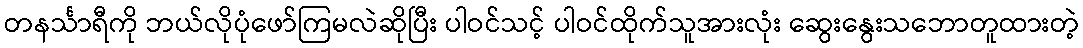
တနင်္သာရီကို ဘယ်လိုပုံဖော်ကြမလဲဆိုပြီး ပါဝင်သင့် ပါဝင်ထိုက်သူအားလုံး ဆွေးနွေးသဘောတူထားတဲ့